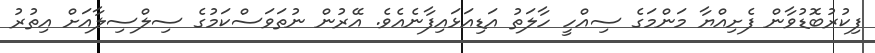
ފިކުރުބޮޑުވާން ފެށިއްޔާ މަންމަގެ ސިއްހީ ހާލަތު އަޑިއަޅައިފާނެއެވެ. އޭރުން ނުތަވަސްކަމުގެ ސިލްސިލާއަށް އިތުރު